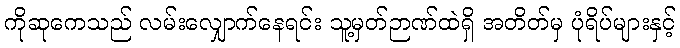
ကိုဆုကေသည် လမ်းလျှောက်နေရင်း သူ့မှတ်ဉာဏ်ထဲရှိ အတိတ်မှ ပုံရိပ်များနှင့်